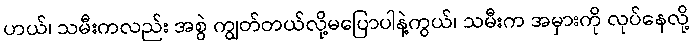
ဟယ်၊ သမီးကလည်း အစွဲ ကျွတ်တယ်လို့မပြောပါနဲ့ကွယ်၊ သမီးက အမှားကို လုပ်နေလို့